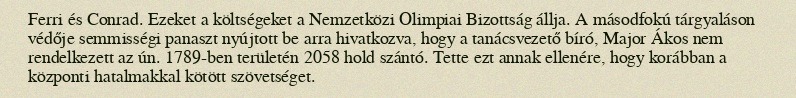
Ferri és Conrad. Ezeket a költségeket a Nemzetközi Olimpiai Bizottság állja. A másodfokú tárgyaláson védője semmisségi panaszt nyújtott be arra hivatkozva, hogy a tanácsvezető bíró, Major Ákos nem rendelkezett az ún. 1789-ben területén 2058 hold szántó. Tette ezt annak ellenére, hogy korábban a központi hatalmakkal kötött szövetséget.